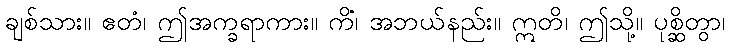
ချစ်သား။ ဧတံ၊ ဤအက္ခရာကား။ ကိံ၊ အဘယ်နည်း။ ဣတိ၊ ဤသို့။ ပုစ္ဆိတွာ၊